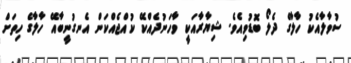
ސުވާލާއެކު ހާލާގެ ދެލޯ ބޮޑުވިއެވެ. ޝިޔާރާއަކީ ވާހަނުދެއްކޭ ކުއްޖެއްކަން އެނގުނީބާއޭ ހާލާގެ ހިތަށް